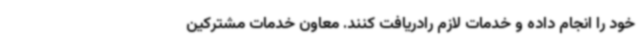
خود را انجام داده و خدمات لازم رادریافت کنند. معاون خدمات مشترکین